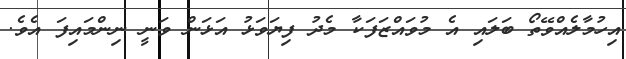
އިހުމާލެއްވޭތޯ ބަލައި އެ މުވައްޒަފަކާ މެދު ފިޔަވަޅު އަޅަން ވަނީ ނިންމައިފަ އެވެ.